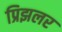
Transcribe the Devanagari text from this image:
प्रिझलर